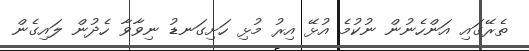
ތެރޭގައި އަންހެނުން ނުކުމެ އުޅޭ އިރު މުޅި ހަށިގަނޑު ނިވާވާ ހެދުން ލައިގެން